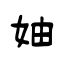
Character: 妯